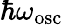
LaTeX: \hbar\omega_{\mathrm{osc}}